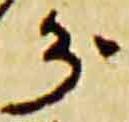
分